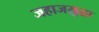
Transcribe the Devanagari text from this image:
जहाजसुद्धा